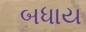
બધાય